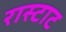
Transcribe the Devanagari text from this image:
रास्टाट